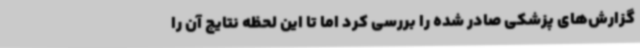
گزارش‌های پزشکی صادر شده را بررسی کرد اما تا این لحظه نتایج آن را